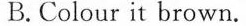
B.Colour it brown.